Indian journal of veterinary science and animal husbandry - Volumes 18-21, 1948-1951
Year: 1948
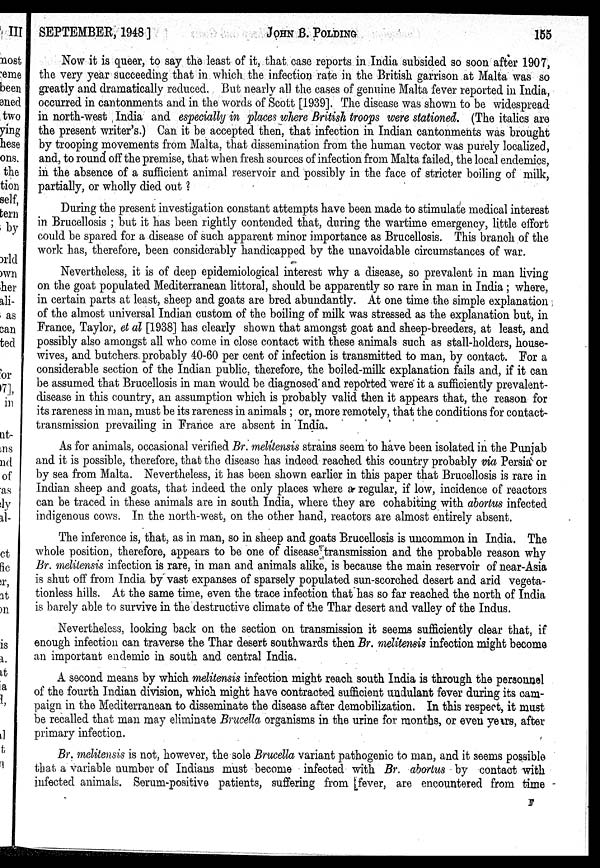
SEPTEMBER, 1948]
JOHN
B.
POLDING
155
Now it is queer, to say the least of it, that case reports in India subsided so soon after 1907,
the very year succeeding that in which the infection rate in the British garrison at Malta was so
greatly and dramatically reduced. But nearly all the cases of genuine Malta fever reported in India,
occurred in cantonments and in the words of Scott [1939]. The disease was shown to be widespread
in north-west India and especially in places where British troops were stationed. (The italics are
the present writer's.) Can it be accepted then, that infection in Indian cantonments was brought
by trooping movements from Malta, that dissemination from the human vector was purely localized,
and, to round off the premise, that when fresh sources of infection from Malta failed, the local endemics,
in the absence of a sufficient animal reservoir and possibly in the face of stricter boiling of milk,
partially, or wholly died out ?
During the present investigation constant attempts have been made to stimulate medical interest
in Brucellosis ; but it has been rightly contended that, during the wartime emergency, little effort
could be spared for a disease of such apparent minor importance as Brucellosis. This branch of the
work has, therefore, been considerably handicapped by the unavoidable circumstances of war.
Nevertheless, it is of deep epidemiological interest why a disease, so prevalent in man living
on the goat populated Mediterranean littoral, should be apparently so rare in man in India ; where,
in certain parts at least, sheep and goats are bred abundantly. At one time the simple explanation
of the almost universal Indian custom of the boiling of milk was stressed as the explanation but, in
France, Taylor, et al [1938] has clearly shown that amongst goat and sheep-breeders, at least, and
possibly also amongst all who come in close contact with these animals such as stall-holders, house-
wives, and butchers probably 40-60 per cent of infection is transmitted to man, by contact. For a
considerable section of the Indian public, therefore, the boiled-milk explanation fails and, if it can
be assumed that Brucellosis in man would be diagnosed and reported were it a sufficiently prevalent-
disease in this country, an assumption which is probably valid then it appears that, the reason for
its rareness in man, must be its rareness in animals ; or, more remotely, that the conditions for contact-
transmission prevailing in France are absent in India.
As for animals, occasional verified Br. melitensis strains seem to have been isolated in the Punjab
and it is possible, therefore, that the disease has indeed reaohed this country probably via Persia or
by sea from Malta. Nevertheless, it has been shown earlier in this paper that Brucellosis is rare in
Indian sheep and goats, that indeed the only places where a regular, if low, incidence of reactors
can be traced in these animals are in south India, where they are cohabiting with abortus infected
indigenous cows. In the north-west, on the other hand, reactors are almost entirely absent.
The inference is, that, as in man, so in sheep and goats Brucellosis is uncommon in India. The
whole position, therefore, appears to be one of disease transmission and the probable reason why
Br. melitensis infection is rare, in man and animals alike, is because the main reservoir of near-Asia
is shut off from India by vast expanses of sparsely populated sun-scorched desert and arid vegeta-
tionless hills. At the same time, even the trace infection that has so far reached the north of India
is barely able to survive in the destructive climate of the Thar desert and valley of the Indus.
Nevertheless, looking back on the section on transmission it seems sufficiently clear that, if
enough infection can traverse the Thar desert southwards then Br. melitensis infection might become
an important endemic in south and central India.
A second means by which melitensis infection might reach south India is through the personnel
of the fourth Indian division, which might have contracted sufficient undulant fever during its cam-
paign in the Mediterranean to disseminate the disease after demobilization. In this respect, it must
be recalled that man may eliminate Brucella organisms in the urine for months, or even years, after
primary infection.
Br. melitensis is not, however, the sole Brucella variant pathogenic to man, and it seems possible
that a variable number of Indians must become infected with Br. abortus by contact with
infected animals. Serum-positive patients, suffering from [fever, are encountered from time
F